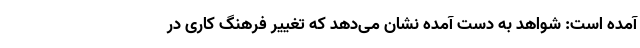
آمده است: شواهد به‌ دست‌ آمده نشان می‌دهد که تغییر فرهنگ کاری در